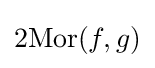
\operatorname {2Mor} (f,g)